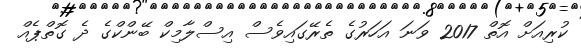
ކުރިއަށް އޮތް 2017 ވަނަ އަހަރުގެ ތެރޭގައިވެސް އިސްލާމިކް ބޭންކްގެ ދެ ގޮތްޕެއް